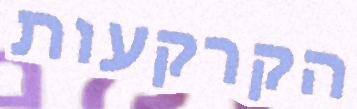
הקרקעות